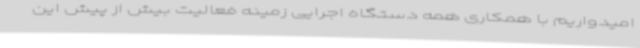
امیدواریم با همکاری همه دستگاه اجرایی زمینه فعالیت بیش از پیش این